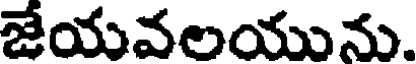
జేయవలయును.